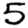
Digit: 5